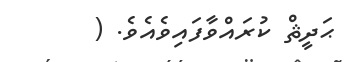
ޙަދީޘް ކުރައްވާފައިވެއެވެ. (